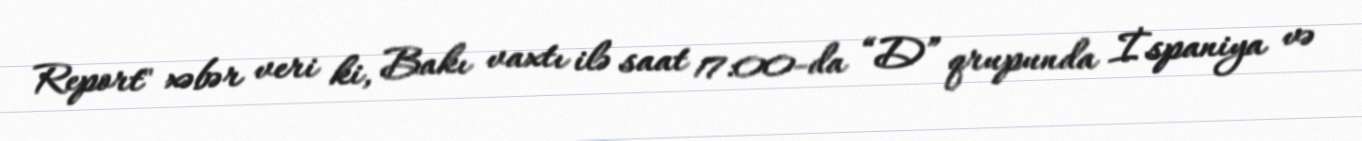
Report" xəbər veri ki, Bakı vaxtı ilə saat 17:00-da “D” qrupunda İspaniya və